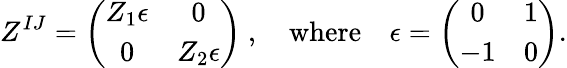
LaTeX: Z^{IJ}=\left(\begin{array}{cc}{{Z_{1}\epsilon}}&{{0}}\\ {{0}}&{{Z_{2}\epsilon}}\end{array}\right)\ ,\quad\mathrm{where}\quad\epsilon=\left(\begin{array}{cc}{{0}}&{{1}}\\ {{-1}}&{{0}}\end{array}\right).